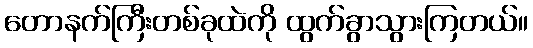
တောနက်ကြီးတစ်ခုထဲကို ထွက်ခွာသွားကြတယ်။